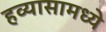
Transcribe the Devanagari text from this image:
हव्यासामध्ये